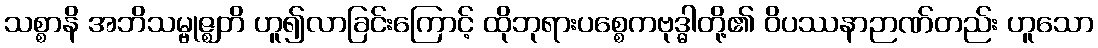
သစ္စာနိ အဘိသမ္ဗုဇ္ဈတိ ဟူ၍လာခြင်းကြောင့် ထိုဘုရားပစ္စေကဗုဒ္ဓါတို့၏ ဝိပဿနာဉာဏ်တည်း ဟူသော